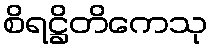
စိရဋ္ဌိတိကေသု